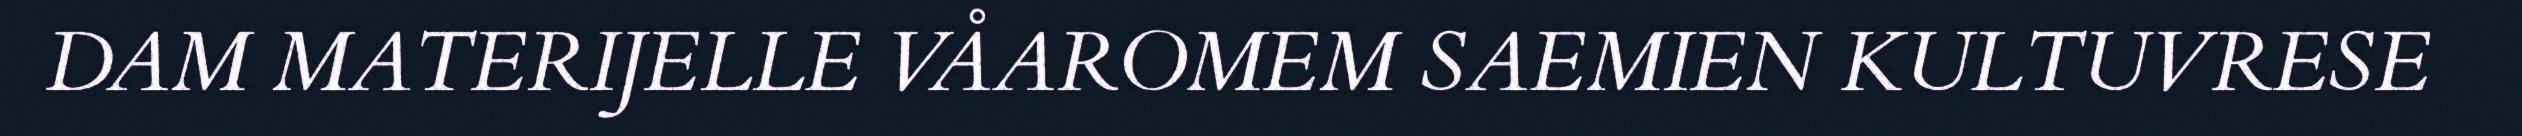
DAM MATERIJELLE VÅAROMEM SAEMIEN KULTUVRESE